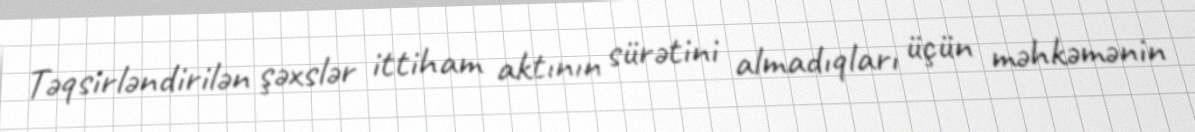
Təqsirləndirilən şəxslər ittiham aktının sürətini almadıqları üçün məhkəmənin